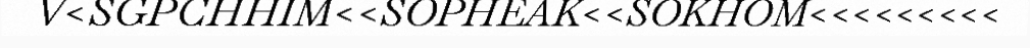
V<SGPCHHIM<<SOPHEAK<<SOKHOM<<<<<<<<<